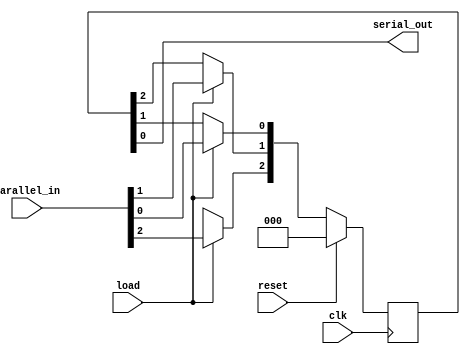
// This program was cloned from: https://github.com/ekb0412/100DaysofRTL
// License: Apache License 2.0

`timescale 1ns / 1ps

module piso (   
    input clk, reset, load, 
    input [2:0]parallel_in,
    output serial_out
    );

  reg [2:0]q= 3'd0;
  
  always @ (posedge clk) 
  begin
    if(reset) q<= 0;
    else begin
    if (load)
      q <= parallel_in;
    else
    begin 
      q[0]=q[1];
      q[1]=q[2];
      q[2]= 1'bx;
    end
  end
  end
  assign serial_out= q[0];
endmodule